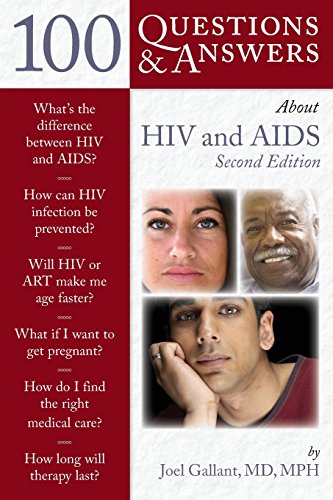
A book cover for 100 Questions  &  Answers About HIV And AIDS; Joel E. Gallant; Health, Fitness & Dieting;